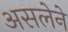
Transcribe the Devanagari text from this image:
असलेने